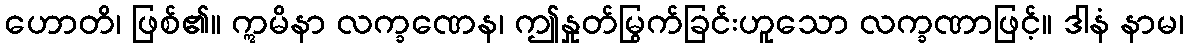
ဟောတိ၊ ဖြစ်၏။ ဣမိနာ လက္ခဏေန၊ ဤနှုတ်မြွက်ခြင်းဟူသော လက္ခဏာဖြင့်။ ဒါနံ နာမ၊